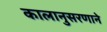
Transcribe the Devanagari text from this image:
कालानुसरणाने